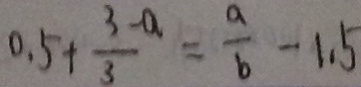
0 . 5 + \frac { 3 - a } { 3 } = \frac { a } { b } - 1 . 5